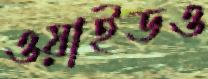
ওয়াইডও